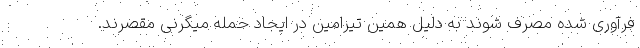
فرآوری شده مصرف شوند به دلیل همین تیرامین در ایجاد حمله میگرنی مقصرند.